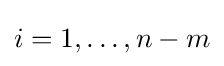
i=1,\ldots ,n-m